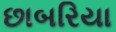
છાબરિયા